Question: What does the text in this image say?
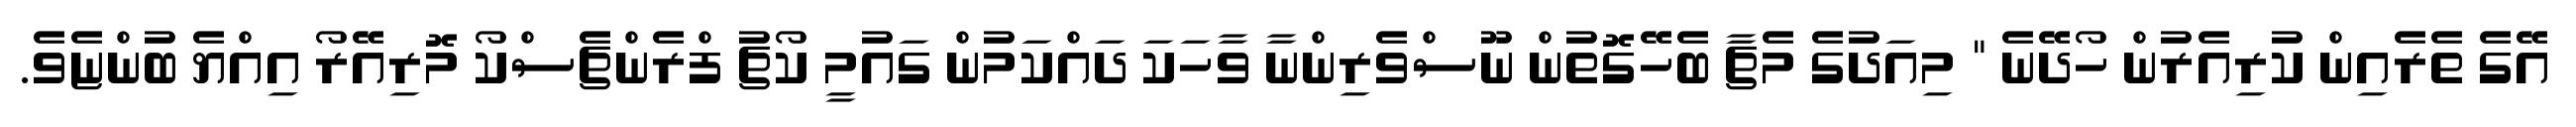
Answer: އޭގެ ތެރެއިން ކުރިއެރުން ހޯދޭނެ " މިއަދުގެ މެޗާ ބެހޭގޮތުން ނޫސްވެރިންނާ ވާހަކަ ދައްކަމުން ގައުމީ ކޯޗު ފްރެންޗެސްކޯ މޮރިއޭރޯ އިއްޔެ ބުންޏެވެ.